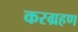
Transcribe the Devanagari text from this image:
करग्रहण